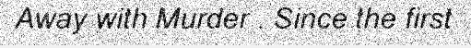
Away with Murder . Since the first